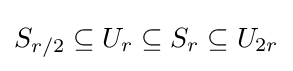
S_{r/2}\subseteq U_{r}\subseteq S_{r}\subseteq U_{2r}